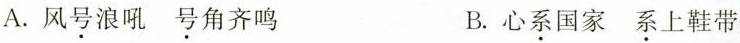
A. 风号浪吼 号角齐鸣 B. 心系国家 系上鞋带